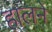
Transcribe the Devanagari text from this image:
हालने